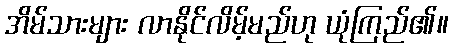
အိမ်သားများ လာနိုင်လိမ့်မည်ဟု ယုံကြည်၏။